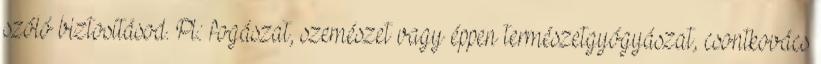
szóló biztosításod. Pl.: fogászat, szemészet vagy éppen természetgyógyászat, csontkovács